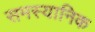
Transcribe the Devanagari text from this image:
समस्यानिक